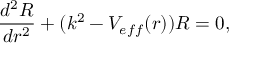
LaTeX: \frac { d ^ { 2 } R } { d r ^ { 2 } } + ( k ^ { 2 } - V _ { e f f } ( r ) ) R = 0 ,